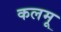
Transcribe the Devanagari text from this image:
कलमू